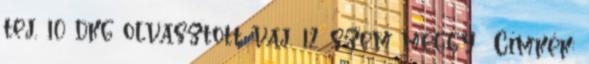
tej, 10 dkg olvasztott vaj, 12 szem meggy Címkék: